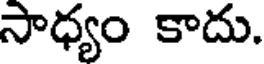
సాధ్యం కాదు.